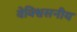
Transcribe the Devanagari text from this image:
वेविश्वसनीय